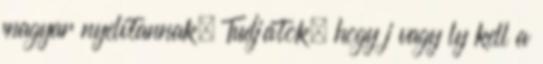
magyar nyelvtannak. Tudjátok, hogy j vagy ly kell a